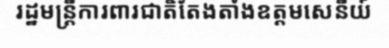
រដ្ឋមន្ត្រីការពារជាតិតែងតាំងឧត្តមសេនីយ៍